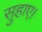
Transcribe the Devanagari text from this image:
सुहाए।